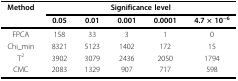
| Method | <COLSPAN=5> Significance level |
 |  | 0.05 | 0.01 | 0.001 | 0.0001 | 4.7 × 10−6 |
 | --- | --- | --- | --- | --- | --- |
 | FPCA | 158 | 33 | 3 | 1 | 0 |
 | Chi_min | 8321 | 5123 | 1402 | 172 | 15 |
 | T2 | 3902 | 3079 | 2436 | 2050 | 1794 |
 | CMC | 2083 | 1329 | 907 | 717 | 598 |